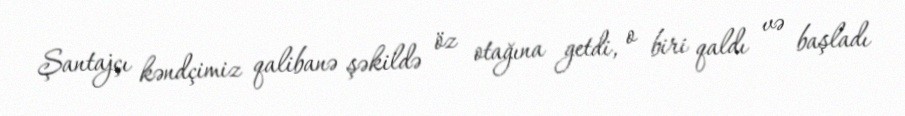
Şantajçı kəndçimiz qalibanə şəkildə öz otağına getdi, o biri qaldı və başladı